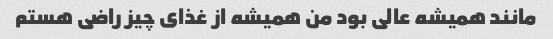
مانند همیشه عالی بود من همیشه از غذای چیز راضی هستم